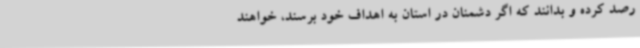
رصد کرده و بدانند که اگر دشمنان در استان به اهداف خود برسند، خواهند